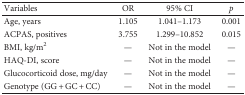
<table><thead><tr><td><b>Variables</b></td><td><b>OR</b></td><td><b>95% CI</b></td><td><b><i>p</i></b></td></tr></thead><tbody><tr><td>Age, years</td><td>1.105</td><td>1.041–1.173</td><td>0.001</td></tr><tr><td>ACPAS, positives</td><td>3.755</td><td>1.299–10.852</td><td>0.015</td></tr><tr><td>BMI, kg/m<sup>2</sup></td><td>—</td><td>Not in the model</td><td>—</td></tr><tr><td>HAQ-DI, score</td><td>—</td><td>Not in the model</td><td>—</td></tr><tr><td>Glucocorticoid dose, mg/day</td><td>—</td><td>Not in the model</td><td>—</td></tr><tr><td>Genotype (GG + GC + CC)</td><td>—</td><td>Not in the model</td><td>—</td></tr></tbody></table>